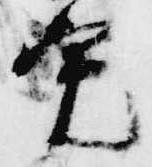
寛